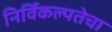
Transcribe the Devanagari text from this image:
निर्विकल्पतेचा